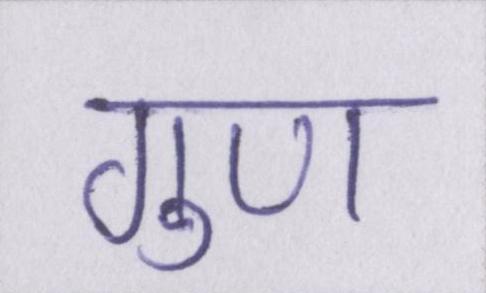
गुण